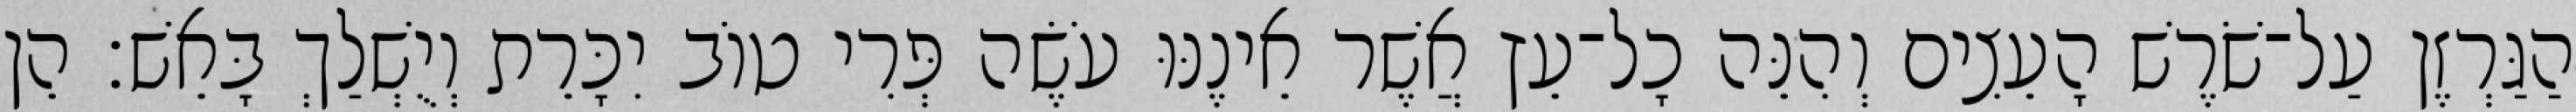
הַגַּרְזֶן עַל־שֹׁרֶשׁ הָעֵצִים וְהִנֵּה כָל־עֵץ אֲשֶׁר אֵינֶנּוּ עֹשֶׂה פְּרִי טוֹב יִכָּרֵת וְיֻשְׁלַךְ בָּאֵשׁ׃ הֵן